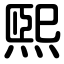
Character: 煕